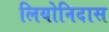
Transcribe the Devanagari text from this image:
लियोनिदास